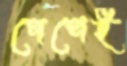
পেপেই